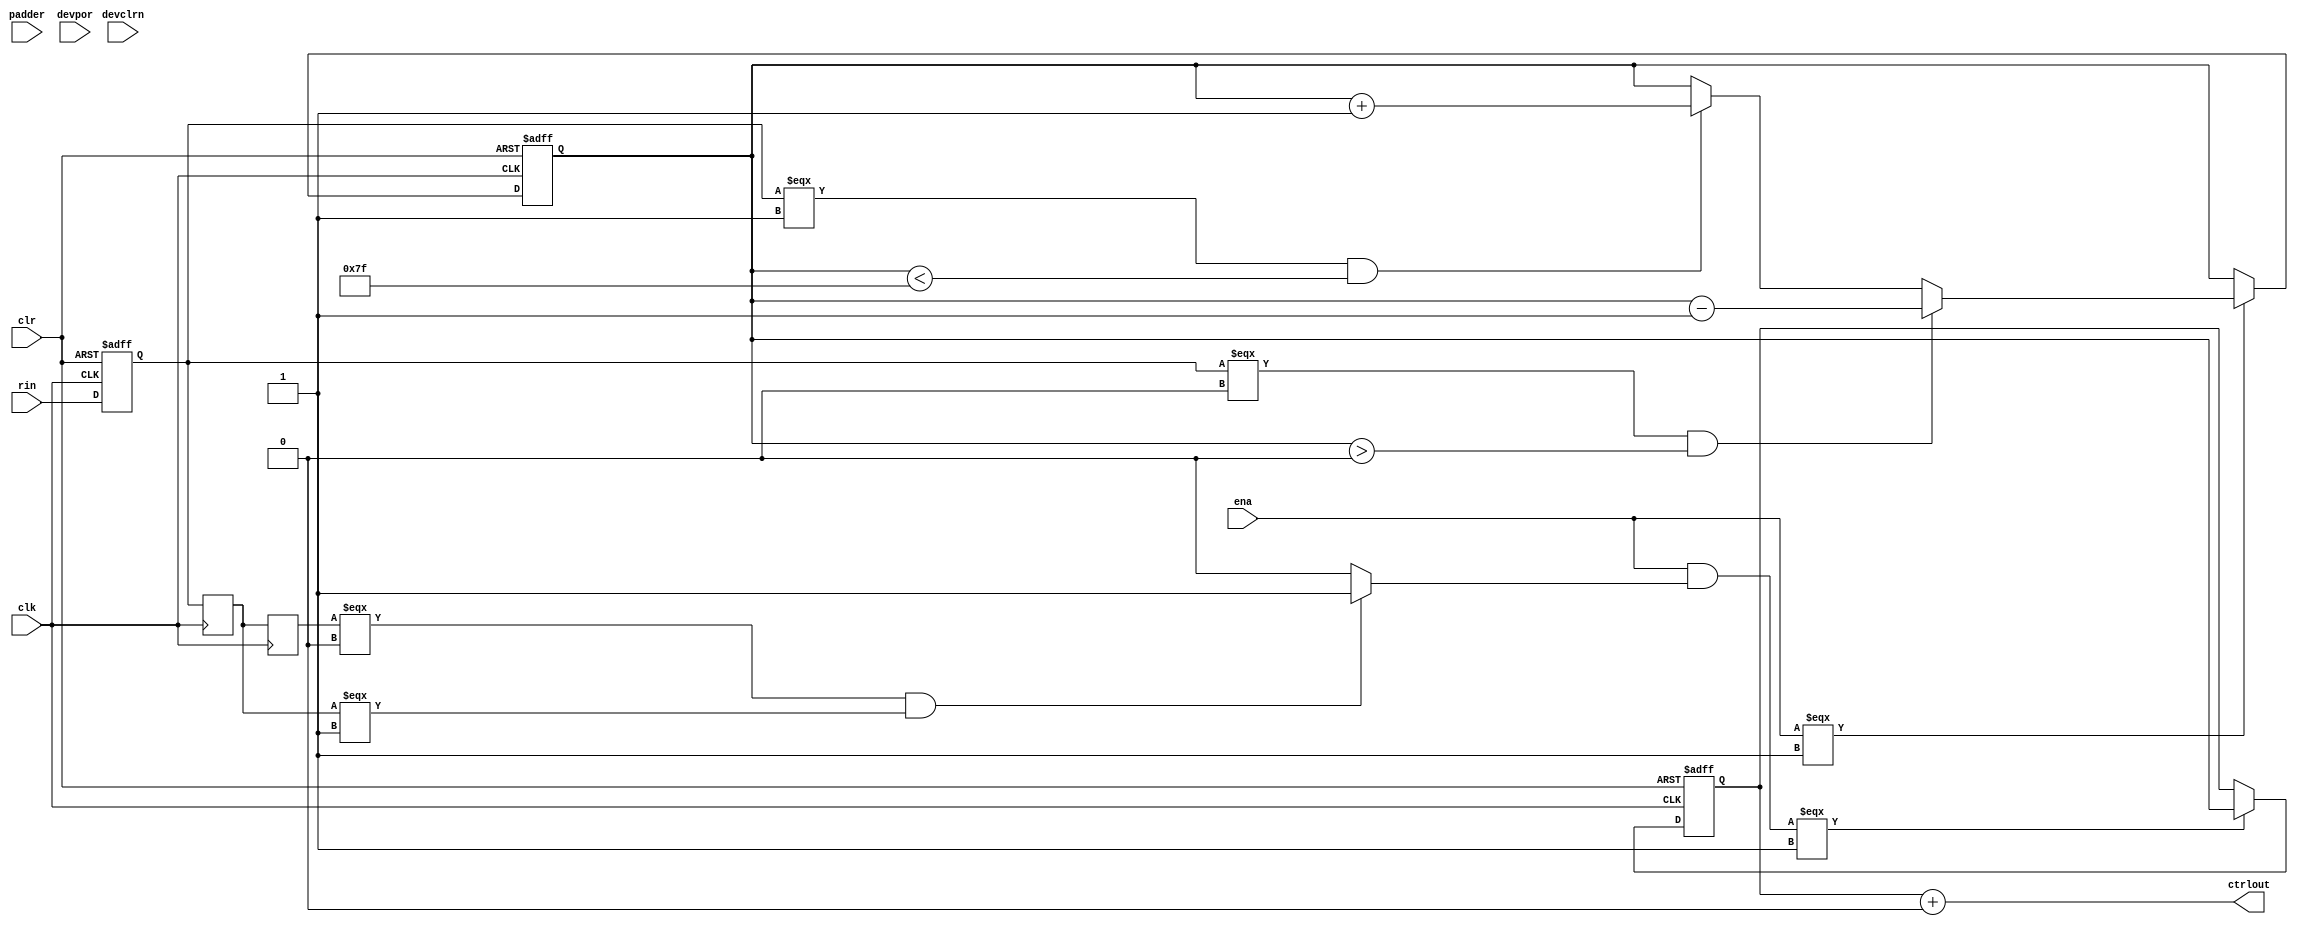
module stratixii_termination_digital (
    rin,
    clk,
    clr,
    ena,
    padder,
    devpor,
    devclrn,
    ctrlout);
input         rin;
input 	      clk;
input 	      clr;
input 	      ena;
input [6:0]   padder;
input         devpor;
input         devclrn;
output [6:0]  ctrlout;
parameter runtime_control = "false";
parameter use_core_control = "false";
parameter use_both_compares = "false";
parameter pull_adder = 0;
parameter power_down = "true";
parameter left_shift = "false";
parameter test_mode = "false";
reg       rin_reg_n;
reg [6:0] counter1;
reg  pdetect_reg_n;
reg  pdetect_reg_1;
reg  pdetect_reg_2;
wire pdetect_out;
wire pre_adder_reg_n_ena;
reg [6:0]  pre_adder_reg_n;
wire pre_adder_reg_ena;
reg [6:0] pre_adder_reg;
wire [6:0] adder_in;
wire [6:0] adder1; 
initial
begin
    rin_reg_n = 1'b0;
    counter1 = 7'b1000000;
    pdetect_reg_n = 1'b0;
    pdetect_reg_1 = 1'b0;
    pdetect_reg_2 = 1'b0;
    pre_adder_reg_n = 7'b0100000;
    pre_adder_reg = 7'b0100000;
end
assign ctrlout = (use_core_control == "true") ? padder : adder1;
always @(negedge clk or posedge clr)
begin
    if (clr === 1'b1)
        rin_reg_n <= 1'b0;
    else
        rin_reg_n <= rin;
end
always @(posedge clk or posedge clr)
begin
    if (clr === 1'b1)
        counter1 <= 7'b1000000;
    else if (ena === 1'b1)
    begin
        if (rin_reg_n === 1'b0 && counter1 > 7'b000000)
            counter1 <= counter1 - 7'b0000001;
        else if (rin_reg_n === 1'b1 && counter1 < 7'b1111111)
            counter1 <= counter1 + 7'b0000001;       
    end
end
assign pdetect_out = ((pdetect_reg_2 === 1'b0) && (pdetect_reg_1 === 1'b1))? 1'b1 : 1'b0;
always @(negedge clk)
    pdetect_reg_n <= rin_reg_n;
always @(posedge clk)
begin
    pdetect_reg_1 <= rin_reg_n;
    pdetect_reg_2 <= pdetect_reg_1;
end
assign pre_adder_reg_n_ena = (test_mode === "true") ? ena
                             : (ena && pdetect_out);
always @(negedge clk or posedge clr)
begin
    if (clr === 1'b1)
        pre_adder_reg_n <= 7'b0100000;
    else if (pre_adder_reg_n_ena === 1'b1)
        pre_adder_reg_n <= counter1;
end
assign adder_in = (left_shift === "false") ? pre_adder_reg_n
                  : (pre_adder_reg_n << 1);
assign adder1 = adder_in + pull_adder;
endmodule